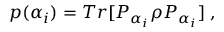
p ( \alpha _ { i } ) = T r [ P _ { \alpha _ { i } } \rho P _ { \alpha _ { i } } ] \; ,